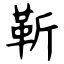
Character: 靳